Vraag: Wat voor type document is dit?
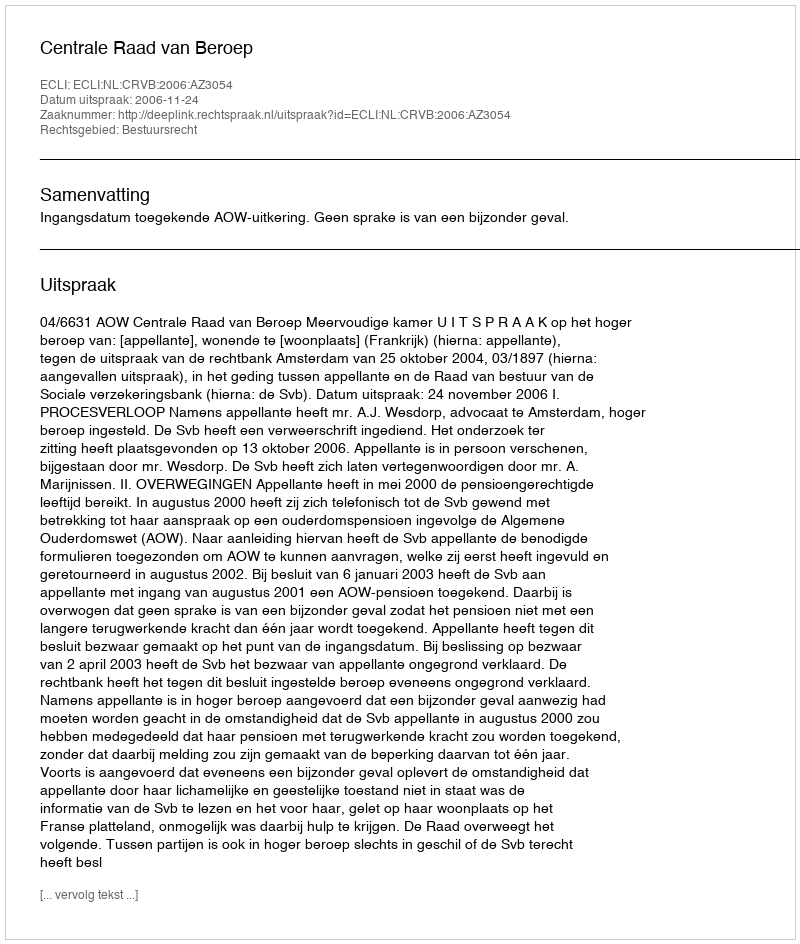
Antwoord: Uitspraak